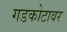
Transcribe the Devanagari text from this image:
गडकोटावर